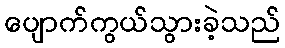
ပျောက်ကွယ်သွားခဲ့သည်